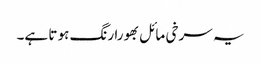
یہ سرخی مائل بھورا رنگ ہو تا ہے۔